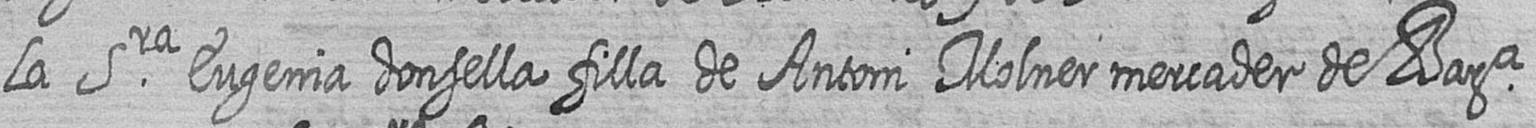
la Sra Eugenia donsella filla de Antoni Molner mercader de Bara